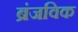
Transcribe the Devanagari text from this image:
ब्रंजविक